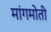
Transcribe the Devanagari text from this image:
मांगमोती